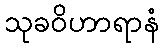
သုခဝိဟာရာနံ